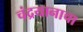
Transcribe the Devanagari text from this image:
चंद्रयानाचा